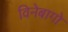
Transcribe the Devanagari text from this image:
विनेबागो